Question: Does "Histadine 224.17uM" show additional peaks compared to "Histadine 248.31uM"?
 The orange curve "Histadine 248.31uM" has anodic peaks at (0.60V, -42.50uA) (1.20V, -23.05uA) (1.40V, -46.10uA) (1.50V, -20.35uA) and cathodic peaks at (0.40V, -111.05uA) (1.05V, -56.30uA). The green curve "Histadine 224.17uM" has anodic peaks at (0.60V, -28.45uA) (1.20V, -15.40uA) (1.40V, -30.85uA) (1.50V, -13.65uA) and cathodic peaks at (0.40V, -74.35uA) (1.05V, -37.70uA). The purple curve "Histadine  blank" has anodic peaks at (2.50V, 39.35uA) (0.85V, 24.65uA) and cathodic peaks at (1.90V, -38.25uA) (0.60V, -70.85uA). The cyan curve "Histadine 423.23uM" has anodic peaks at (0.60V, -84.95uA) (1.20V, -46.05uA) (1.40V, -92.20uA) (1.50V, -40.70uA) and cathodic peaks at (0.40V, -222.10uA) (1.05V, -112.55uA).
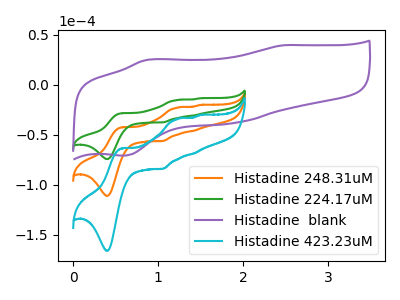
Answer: <think>All the peaks in "Histadine 224.17uM" have a peak in "Histadine 248.31uM" at the same potential.
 </think>
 <answer>No, "Histadine 224.17uM" and "Histadine 248.31uM" don't appear to be significantly different in shape</answer>
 <eval>no_change</eval>